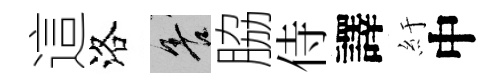
這洛善脇侍譯紆中